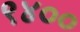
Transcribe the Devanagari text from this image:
९४००